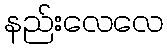
နည်းလေလေ